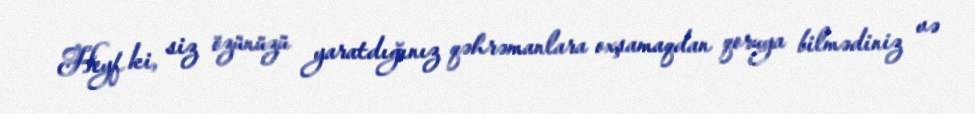
Heyf ki, siz özünüzü yaratdığınız qəhrəmanlara oxşamaqdan qoruya bilmədiniz və